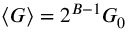
\langle G \rangle = 2 ^ { B - 1 } G _ { 0 }